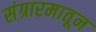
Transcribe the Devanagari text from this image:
संग्रारमातून